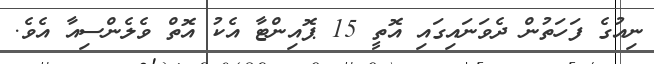
ނިއުގެ ފަހަތުން ދެވަނައިގައި އޮތީ 15 ޕޮއިންޓާ އެކު އޮތް ވެލެންސިއާ އެވެ.